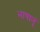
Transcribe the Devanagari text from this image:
भाषानूं